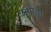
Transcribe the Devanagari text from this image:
अंगोछा